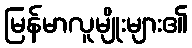
မြန်မာလူမျိုးများ၏